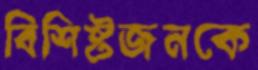
বিশিষ্টজনকে